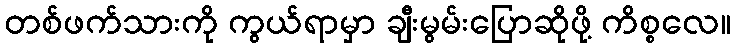
တစ်ဖက်သားကို ကွယ်ရာမှာ ချီးမွမ်းပြောဆိုဖို့ ကိစ္စလေ။